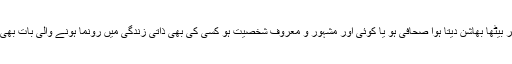
اب تو چاہے کوئی سیاستدان ہو جج یا جرنیل ہو، ٹی وی اسکرین پر بیٹھا بھاشن دیتا ہوا صحافی ہو یا کوئی اور مشہور و معروف شخصیت ہو کسی کی بھی ذاتی زندگی میں رونما ہونے والی بات بھی لمحوں میں عام لوگوں کی زبان اور بحث میں شامل ہو جاتی ہے۔